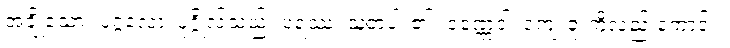
အချို့သော။ ပုဂ္ဂလော၊ ပုဂ္ဂိုလ်သည်။ ပရဿ၊ သူတပါး၏။ ဝဏ္ဏေဝါ၊ ကျေးဇူးကိုလည်းကောင်း။